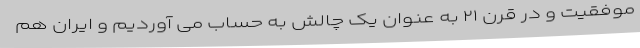
موفقیت و در قرن ۲۱ به عنوان یک چالش به حساب می آوردیم و ایران هم